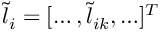
\boldsymbol { \widetilde { l } } _ { i } = [ \ldots , \widetilde { l } _ { i k } , \ldots ] ^ { T }